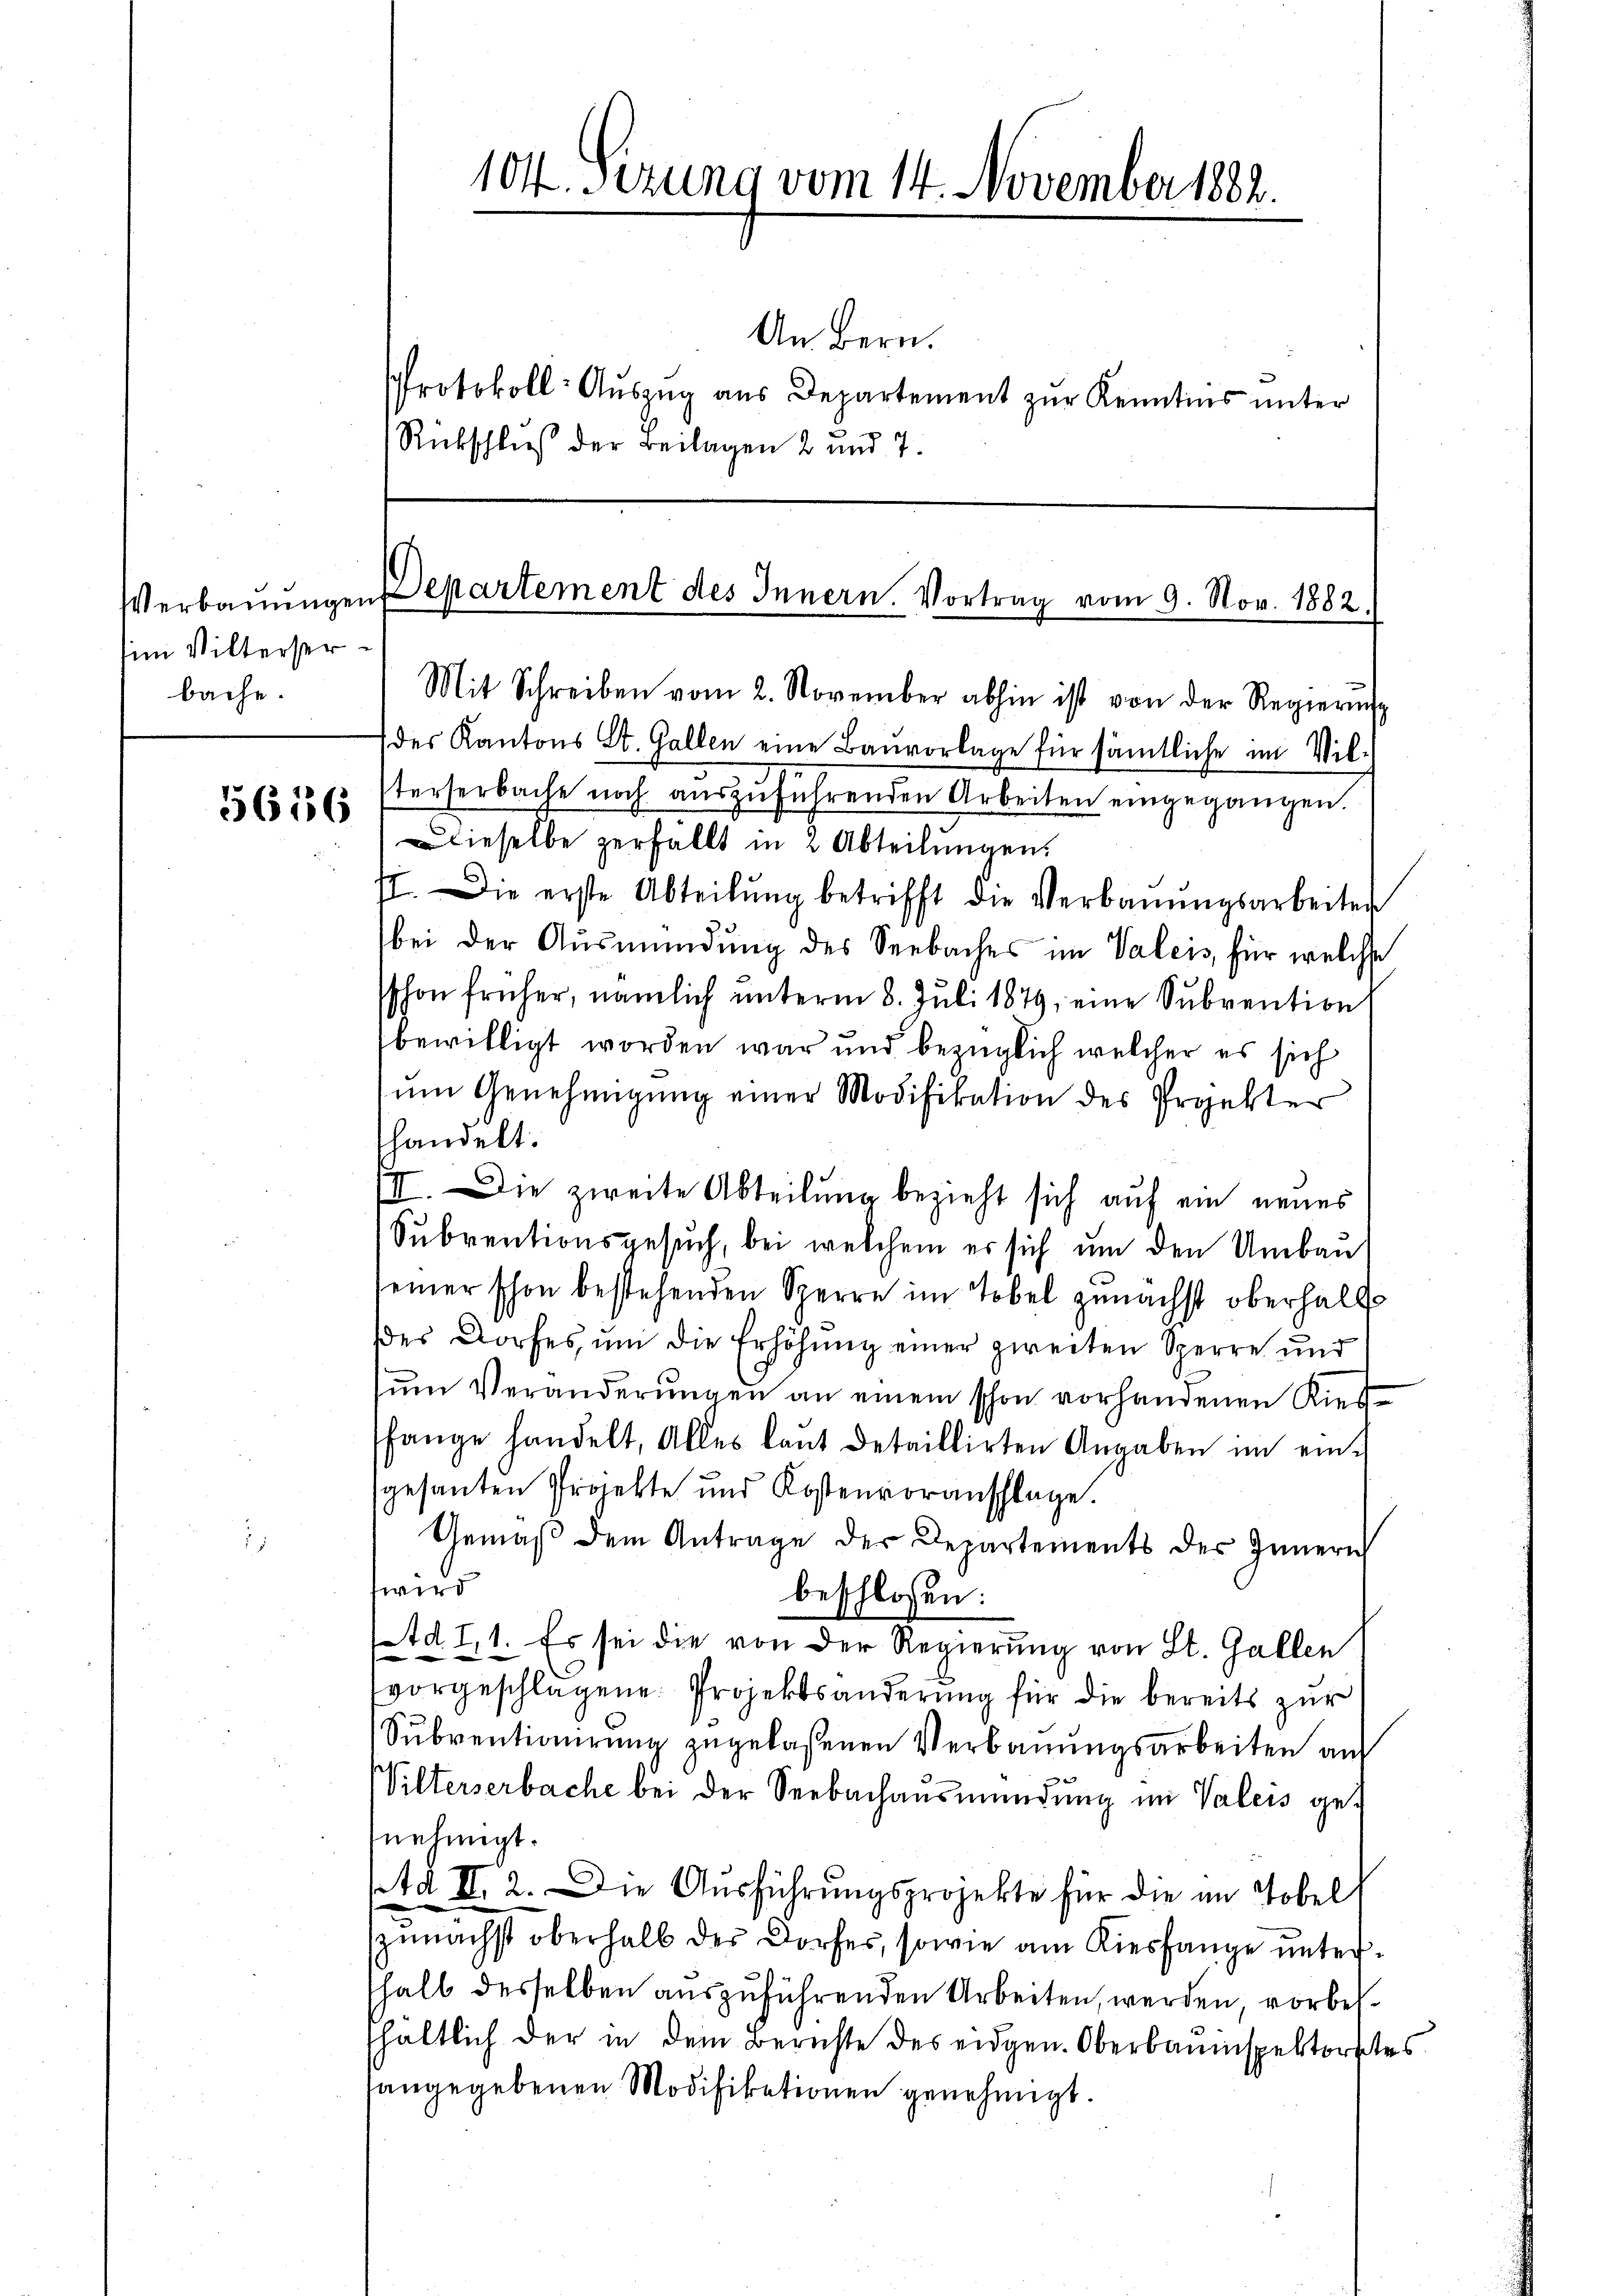
im Wilterser
bache.

5656

104. Sizung vom 14. November 1882.

Verbaŭŭngen Departement des Innern. Vortrag vom 9. Nov. 1882.

An Bern.
Protokoll- Auszug aus Departement zur Kenntins unter
Rückschluß der Beilagen 2 und 7.

Mit Schreiben vom 2. November abhin ist von der Regierŭng
des Kantons St. Gallen eine Baŭvorlage für sämtliche im Vilterserbache noch aŭszŭführenden Arbeiten eingegangen.
dieselbe zerfällt in 2 Abteilungen.
II. Die erste Abteilŭng betrifft die Verbaŭŭngsarbeiter
bei der Ausmündung des Seebaches im Valeis für welche
schon früher, nämlich unterm 8. Juli 1879, eine Subvention
bewilligt worden war und bezüglich welcher es sich
ŭm Genehmigŭng einer Modifikation des Projekter
handelt.
III. Die zweite Abteilung bezieht sich auf ein neues
Subventionsgesuch, bei welchem er sich um den Umbau
seiner schon bestehenden Sperre im Tobel zunächst oberhalt
des Dorfes, um die Erhöhung einer zweiten Sperre und
zŭm Veränderŭngen an einem schon vorhandenen Kies
fange handelt, Alles laŭt detaillirten Angaben im einsgesanten Projekte und Kostenvoranschlage.
Gemäβ dem Antrage der Departements des Innern
wird
beschlossen:
Ad I,1. Es sei die von der Regierung von St. Gallen
vorgeschlagene Projektsänderung für die bereits zur
Subventionirung zugelaßenen Verbauungsarbeiten auf
Wilterserbache bei der Seebachausmündung im Valeis genehmigt.
Ad II. 2. Die Ausführungsprojekte für die an Tobel
zunächst oberhalb des Dorfes, sowie am Kiesfange untershalt desselben auszuführenden Arbeiten, werden, vorbehältlich der in dem Berichte des eidgen. Oberbauinspektorstes
hangegebenen Modifikationen genehmigt.